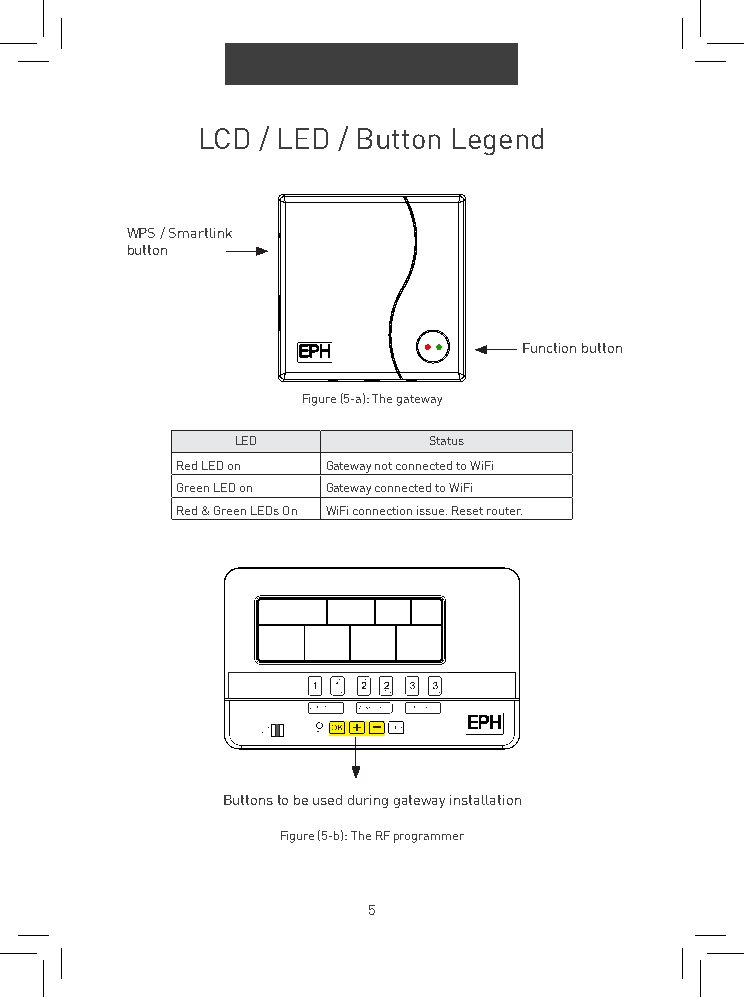
LCD / LED / Button Legend
 WPS / Smartlink
 button
 Function button
 Figure (5-a): The gateway
 LED         Status
 Red LED on Gateway not connected to WiFi
 Green LED on Gateway connected to WiFi
 Red & Green LEDs On WiFi connection issue. Reset router.
 Buttons to be used during gateway installation
 Figure (5-b): The RF programmer
 5